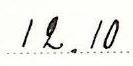
12.10